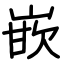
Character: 嵌